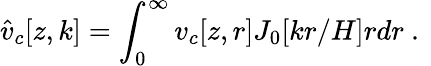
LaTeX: \hat{v}_{c}[z,k]=\int_{0}^{\infty}v_{c}[z,r]J_{0}[kr/H]rd{r}\ .\